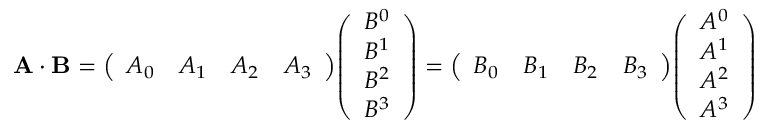
\mathbf { A } \cdot \mathbf { B } = { \left( \begin{array} { l l l l } { A _ { 0 } } & { A _ { 1 } } & { A _ { 2 } } & { A _ { 3 } } \end{array} \right) } { \left( \begin{array} { l } { B ^ { 0 } } \\ { B ^ { 1 } } \\ { B ^ { 2 } } \\ { B ^ { 3 } } \end{array} \right) } = { \left( \begin{array} { l l l l } { B _ { 0 } } & { B _ { 1 } } & { B _ { 2 } } & { B _ { 3 } } \end{array} \right) } { \left( \begin{array} { l } { A ^ { 0 } } \\ { A ^ { 1 } } \\ { A ^ { 2 } } \\ { A ^ { 3 } } \end{array} \right) }